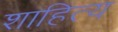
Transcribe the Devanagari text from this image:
शाहित्य